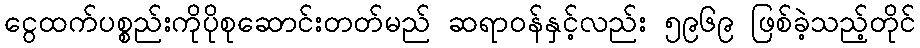
ငွေထက်ပစ္စည်းကိုပိုစုဆောင်းတတ်မည် ဆရာဝန်နှင့်လည်း ၅၉၆၉ ဖြစ်ခဲ့သည့်တိုင်